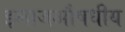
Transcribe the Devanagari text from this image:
इलाजऔषधीय